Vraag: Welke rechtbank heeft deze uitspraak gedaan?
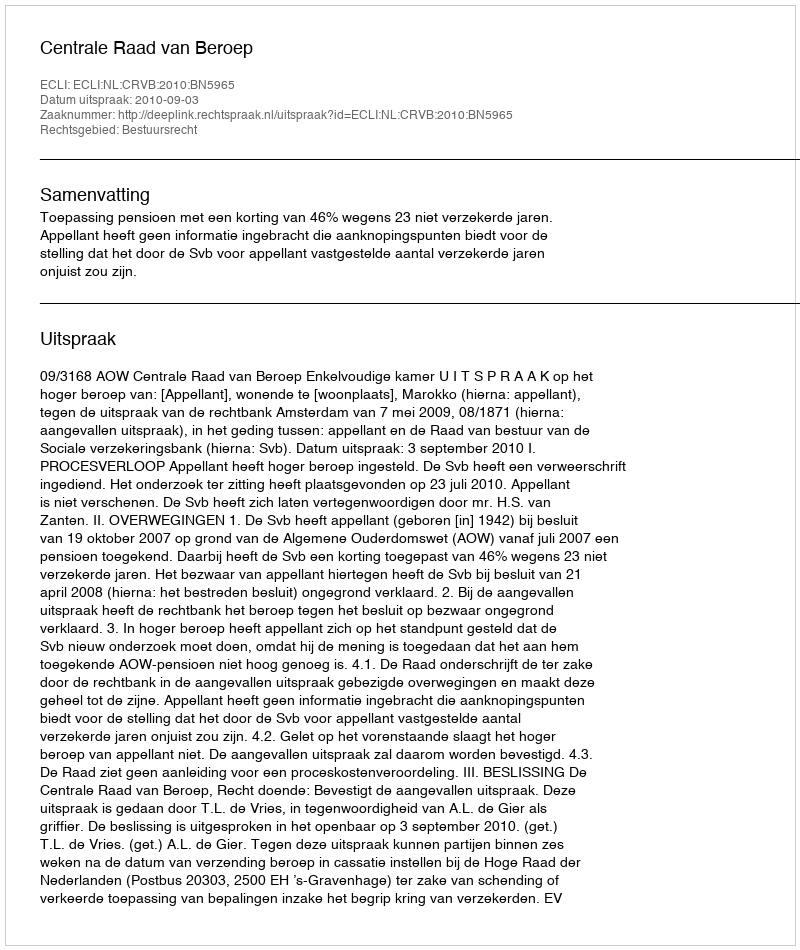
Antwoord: Centrale Raad van Beroep